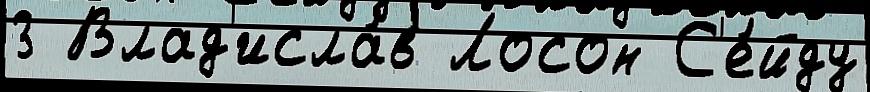
3 Влад'исла́в Лосон С'е́йду